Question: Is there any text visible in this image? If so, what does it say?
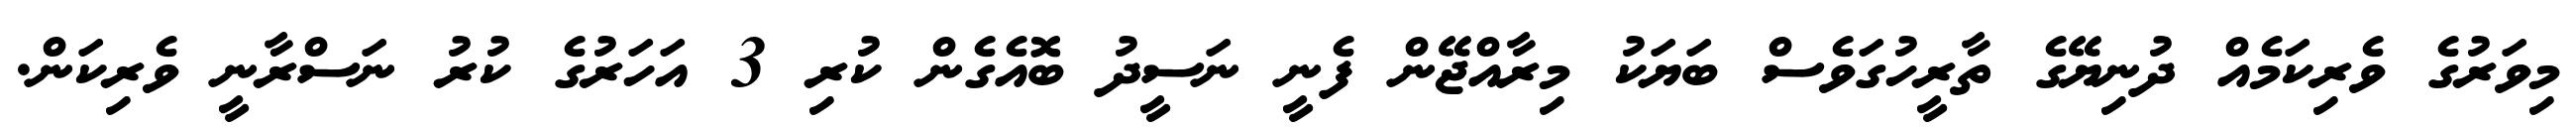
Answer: މިވަރުގެ ވެރިކަމެއް ދުނިޔޭގެ ތާރީހުގަވެސް ބަޔަކު މިރާއްޖޭން ފެނީ ނަސީދު ބޮއެގެން ކުރި 3 އަހަރުގެ ކުރު ނަސްރާނީ ވެރިކަން.